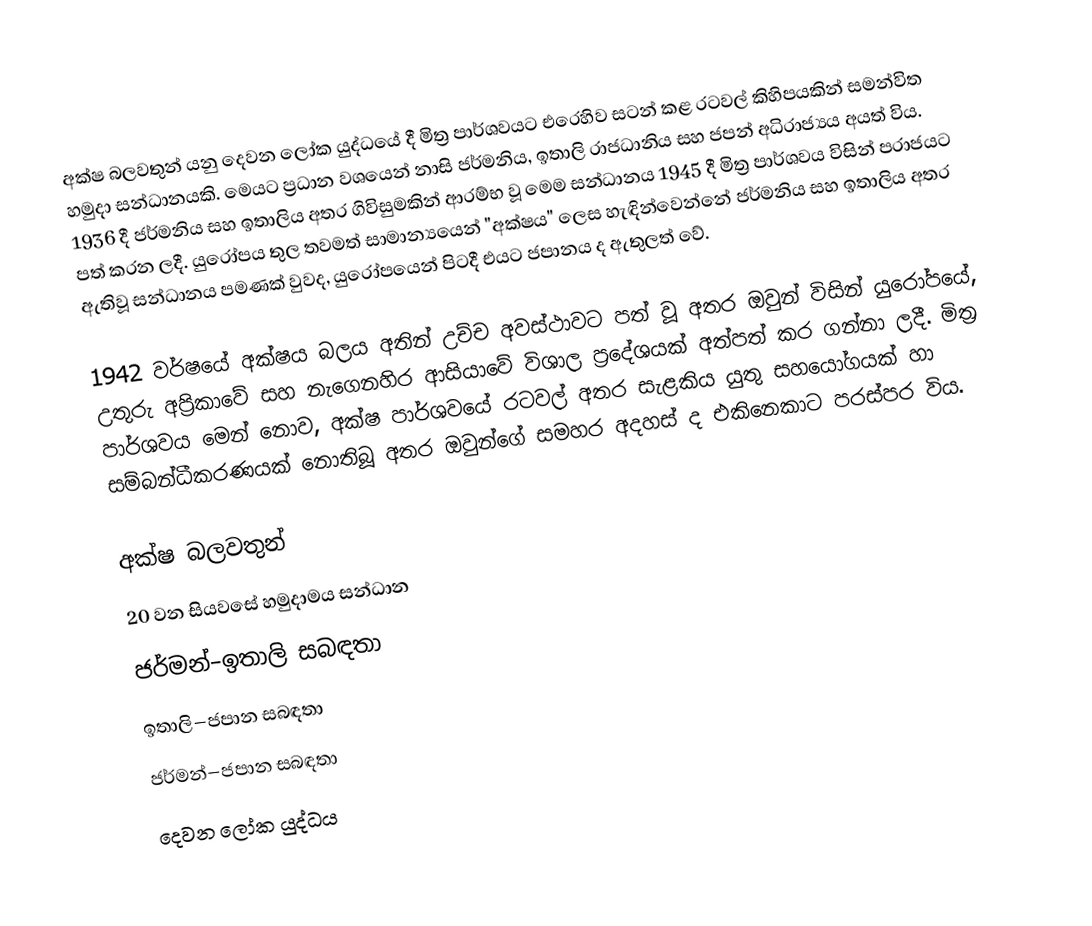
අක්ෂ බලවතුන් යනු දෙවන ලෝක යුද්ධයේ දී මිත්‍ර පාර්ශවයට එරෙහිව සටන් කළ රටවල් කිහිපයකින් සමන්විත හමුදා සන්ධානයකි. මෙයට ප්‍රධාන වශයෙන් නාසි ජර්මනිය, ඉතාලි රාජධානිය සහ ජපන් අධිරාජ්‍යය අයත් විය. 1936 දී ජර්මනිය සහ ඉතාලිය අතර ගිවිසුමකින් ආරම්භ වූ මෙම සන්ධානය 1945 දී මිත්‍ර පාර්ශවය විසින් පරාජයට පත් කරන ලදී. යුරෝපය තුල තවමත් සාමාන්‍යයෙන් "අක්ෂය" ලෙස හැඳින්වෙන්නේ ජර්මනිය සහ ඉතාලිය අතර ඇතිවූ සන්ධානය පමණක් වුවද, යුරෝපයෙන් පිටදී එයට ජපානය ද ඇතුලත් වේ.

1942 වර්ෂයේ අක්ෂය බලය අතින් උච්ච අවස්ථාවට පත් වූ අතර ඔවුන් විසින් යුරෝපයේ, උතුරු අප්‍රිකාවේ සහ නැගෙනහිර ආසියාවේ විශාල ප්‍රදේශයක් අත්පත් කර ගන්නා ලදී. මිත්‍ර පාර්ශවය මෙන් නොව, අක්ෂ පාර්ශවයේ රටවල් අතර සැළකිය යුතු සහයෝගයක් හා සම්බන්ධීකරණයක් නොතිබූ අතර ඔවුන්ගේ සමහර අදහස් ද එකිනෙකාට පරස්පර විය.

අක්ෂ බලවතුන්
20 වන සියවසේ හමුදාමය සන්ධාන
ජර්මන්–ඉතාලි සබඳතා
ඉතාලි–ජපාන සබඳතා
ජර්මන්–ජපාන සබඳතා
දෙවන ලෝක යුද්ධය